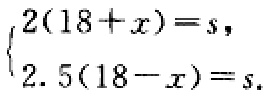
$\begin{cases}2(18 + x)=s,\\2.5(18 - x)=s.\end{cases}$